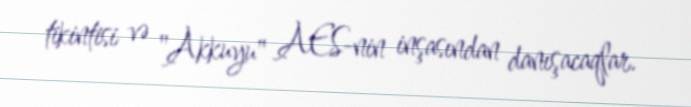
tikintisi və "Akkuyu" AES-nin inşasından danışacaqlar.